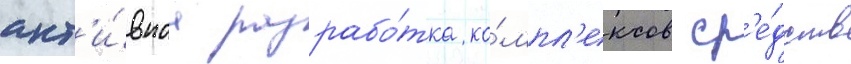
акт'и́внаа разрабо́тка ко́мпл'ексов ср'е́дств